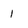
Character: 1